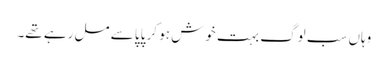
وہاں سب لوگ بہت خوش ہو کر پاپا سے مل رہے تھے۔